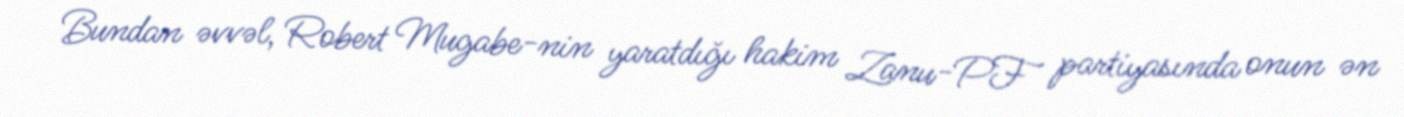
Bundan əvvəl, Robert Mugabe-nin yaratdığı hakim Zanu-PF partiyasında onun ən